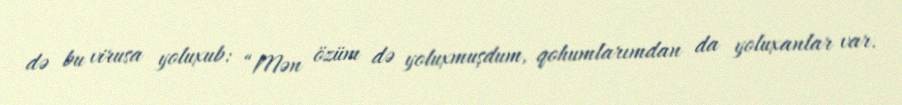
də bu virusa yoluxub: “Mən özüm də yoluxmuşdum, qohumlarımdan da yoluxanlar var.